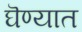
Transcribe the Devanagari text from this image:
घॆण्यात